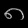
Digit: ၈